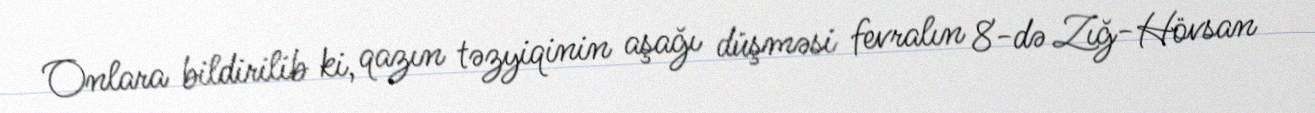
Onlara bildirilib ki, qazın təzyiqinin aşağı düşməsi fevralın 8-də Zığ-Hövsan